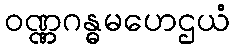
ဝဏ္ဏဂန္ဓမဟေဌယံ